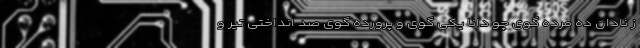
ز نادان ده مرده گوی چو دانا یکی گوی و پرورده گوی صد انداختی تیر و